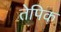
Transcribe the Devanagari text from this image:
तेपिक